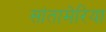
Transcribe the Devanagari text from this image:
सांतामेरिया